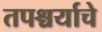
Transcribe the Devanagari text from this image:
तपश्चर्याचे